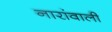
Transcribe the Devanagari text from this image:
नारांवाली